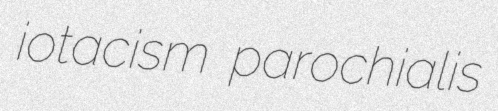
iotacism parochialis